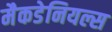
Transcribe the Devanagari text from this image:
मैकडेनियल्स